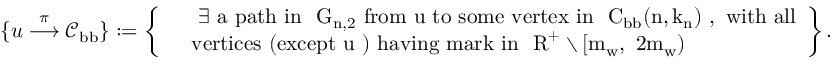
\{ u \overset { \pi } \longrightarrow { \mathcal C } _ { \mathrm { b b } } \} : = \left\{ \begin{array} { r l } & { \mathrm { ~ \exists ~ a ~ p a t h ~ i n ~ { \mathcal ~ G } _ { n , 2 } ~ f r o m ~ u ~ t o ~ s o m e ~ v e r t e x ~ i n ~ { \mathcal ~ C } _ \mathrm { b b } ( n , k _ n ) ~ , ~ w i t h ~ a l l } } \\ & { \mathrm { v e r t i c e s ~ ( e x c e p t ~ u ~ ) ~ h a v i n g ~ m a r k ~ i n ~ { \mathbb ~ R } ^ + \setminus [ m _ w , ~ 2 m _ w ) ~ } } \end{array} \right\} .